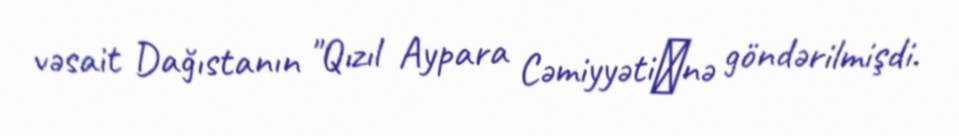
vəsait Dağıstanın "Qızıl Aypara Cəmiyyəti‖nə göndərilmişdi.